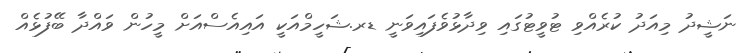
ނަޝީދު މިއަދު ކުރެއްވި ޓުވީޓުގައި ވިދާޅުވެފައިވަނީ ޑރ.ޝަހީމްއަކީ އައިއެސްއަށް މީހުން ވައްދާ ބޭފުޅެއް